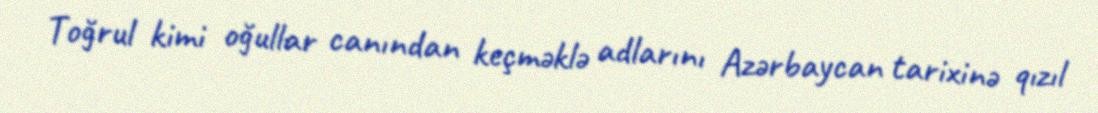
Toğrul kimi oğullar canından keçməklə adlarını Azərbaycan tarixinə qızıl